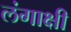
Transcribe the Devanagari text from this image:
लंगाक्षी